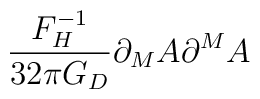
\frac{F_H^{-1}}{32\pi G_D}\partial _MA\partial ^MA